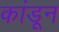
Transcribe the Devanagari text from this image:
कांडून